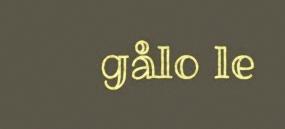
gålo le